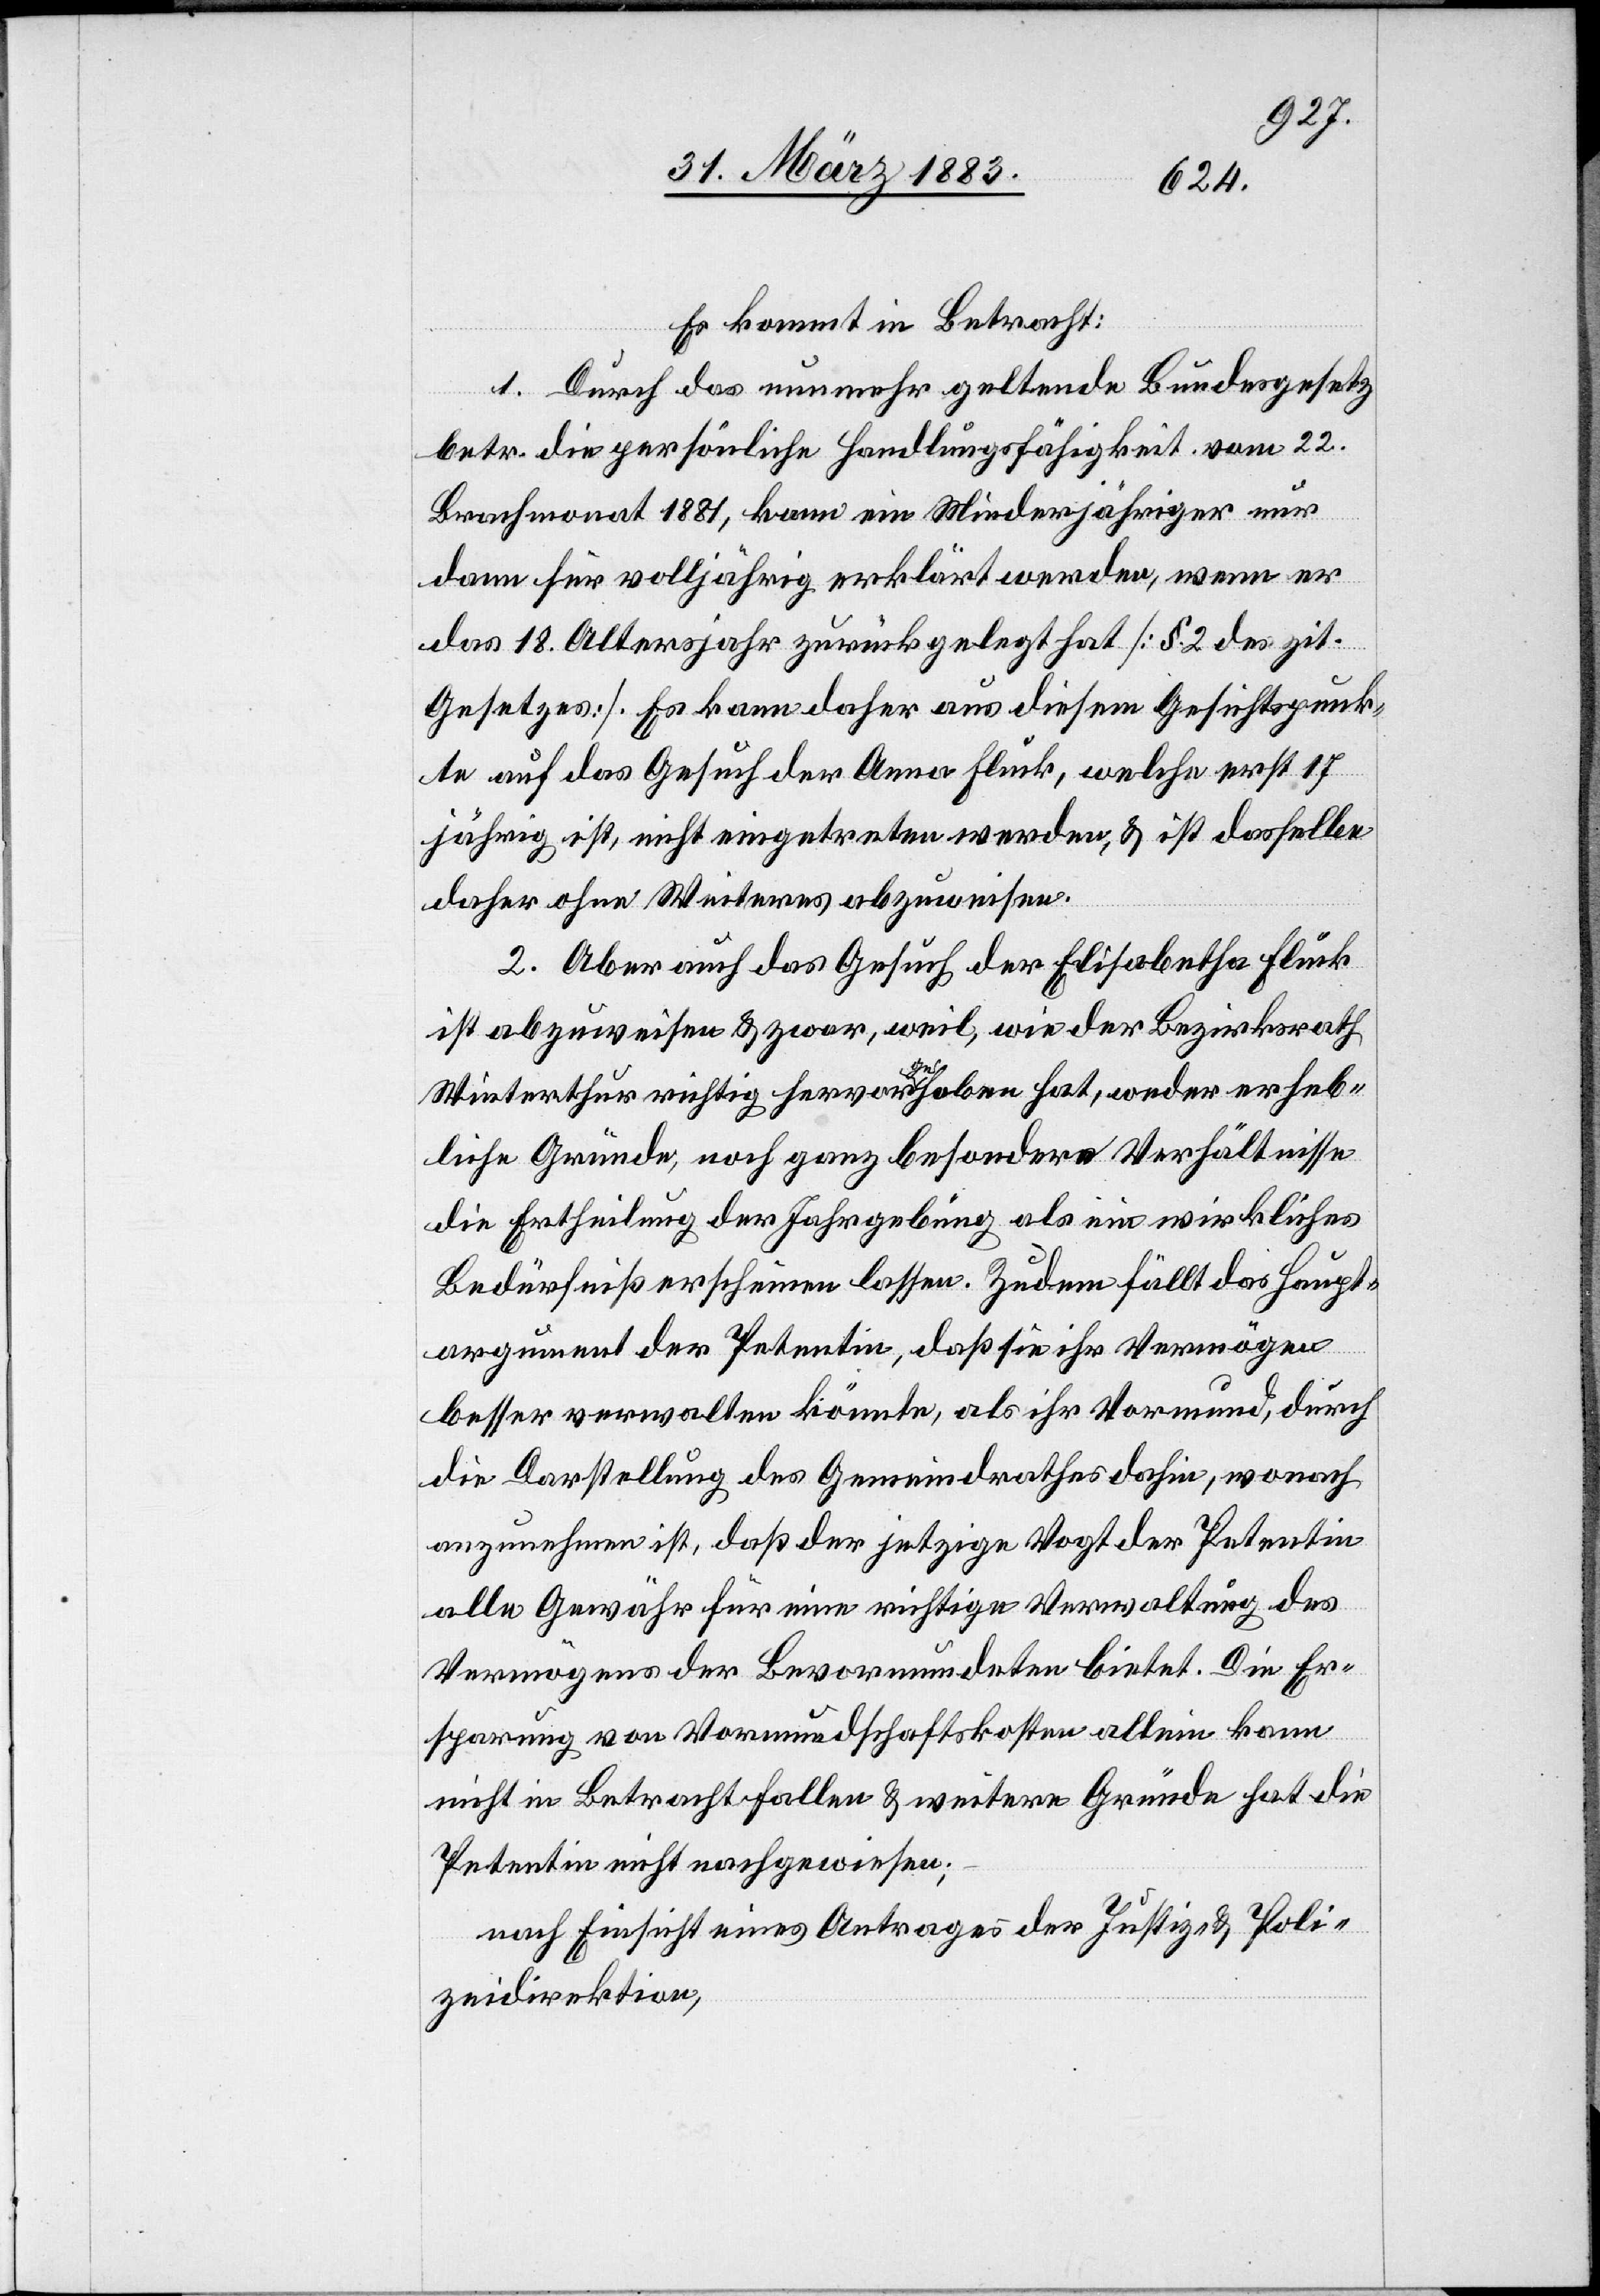
Es kommt in Betracht:
1. Durch das nunmehr geltende Bundesgesetz
betr. die persönliche Handlungsfähigkeit vom 22.
Brachmonat 1881, kann ein Minderjähriger nur
dann für volljährig erklärt werden, wenn er
das 18. Altersjahr zurückgelegt hat [§ 2 des zit.
Gesetzes]. Es kann daher aus diesem Gesichtspunk¬
te auf das Gesuch der Anna Fluck, welche erst 17j¬
ährig ist, nicht eingetreten werden, & ist dasselbe
daher ohne Weiteres abzuweisen.
2. Aber auch das Gesuch der Elisabetha Fluck
ist abzuweisen & zwar, weil, wie der Bezirksrath
Winterthur richtig hervorgehoben hat, weder erheb¬
liche Gründe, noch ganz besondere Verhältnisse
die Ertheilung der Jahrgebung als ein wirkliches
Bedürfniß erscheinen lassen. Zudem fällt das Haupt¬
argument der Petentin, daß sie ihr Vermögen
besser verwalten könnte, als ihr Vormund, durch
die Darstellung des Gemeindrathes dahin, wonach
anzunehmen ist, daß der jetzige Vogt der Petentin
alle Gewähr für eine richtige Verwaltung des
Vermögens der Bevormundeten bietet. Die Er¬
sparung von Vormundschaftskosten allein kann
nicht in Betracht fallen & weitere Gründe hat die
Petentin nicht nachgewiesen;
nach Einsicht eines Antrages der Justiz- & Poli¬
zeidirektion,